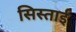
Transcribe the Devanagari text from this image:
सिस्ताई